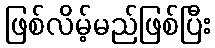
ဖြစ်လိမ့်မည်ဖြစ်ပြီး